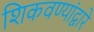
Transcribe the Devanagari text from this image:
शिकवण्यांद्वारे